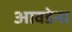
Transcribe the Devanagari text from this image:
आवडेना